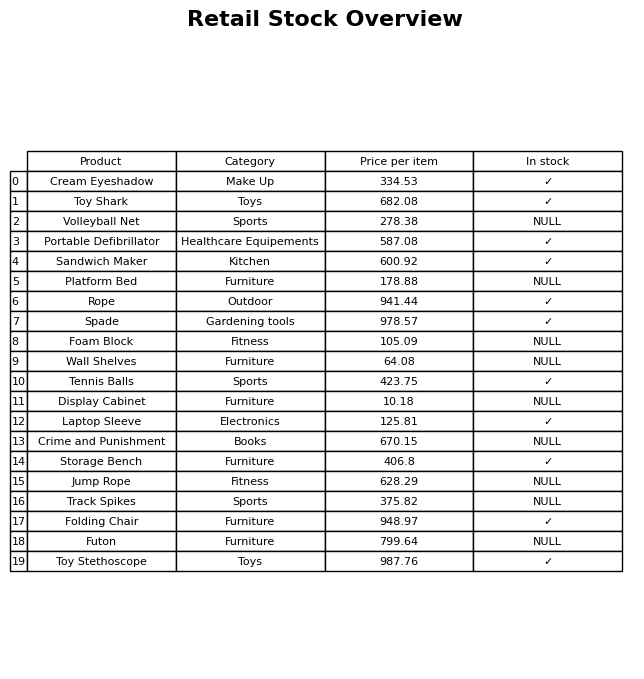
question: Is the Storage Bench in stock?
answer: ✓